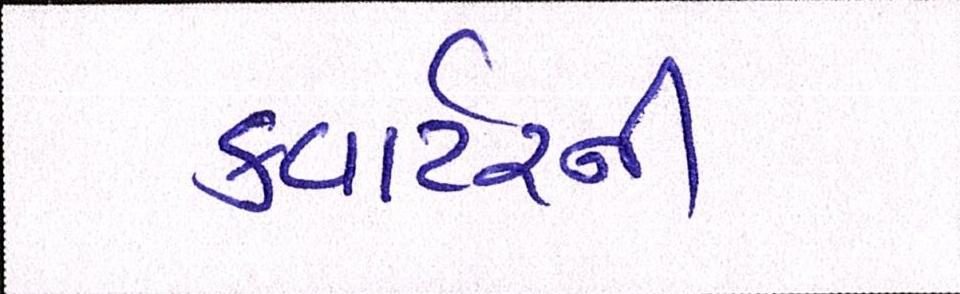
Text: ક્વાર્ટરની